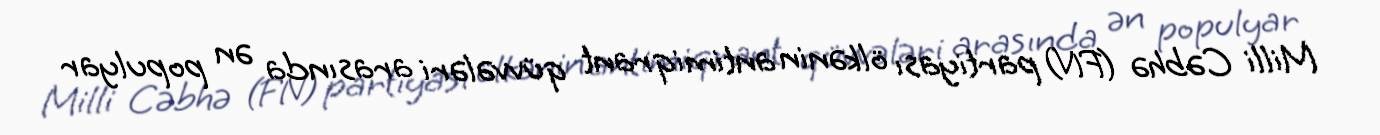
Milli Cəbhə (FN) partiyası ölkənin antimiqrant qüvvələri arasında ən populyar